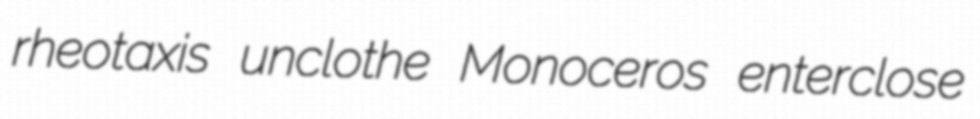
rheotaxis unclothe Monoceros enterclose